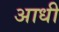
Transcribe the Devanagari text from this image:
अाधी